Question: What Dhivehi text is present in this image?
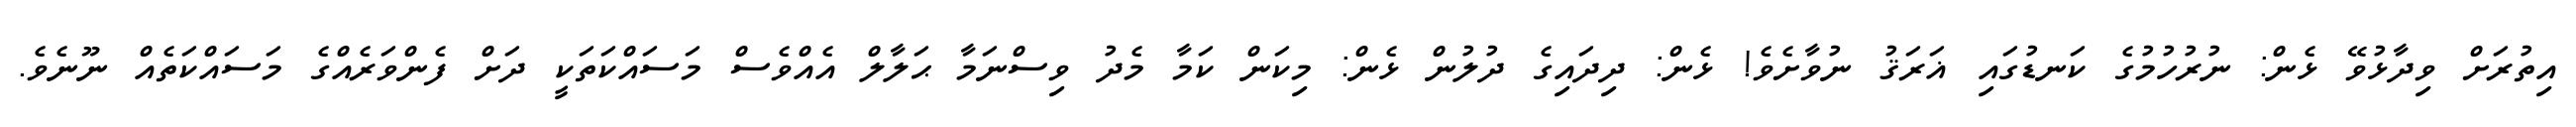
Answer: އިތުރަށް ވިދާޅުވޭ ޅެން: ނުރުހުމުގެ ކަނޑުގައި ޣަރަޤު ނުވާށެވެ! ޅެން: ދިދައިގެ ދުލުން ޅެން: މިކަން ކަމާ މެދު ވިސްނަމާ ޙަލާލް އެއްވެސް މަސައްކަތަކީ ދަށް ފެންވަރެއްގެ މަސައްކަތެއް ނޫނެވެ.